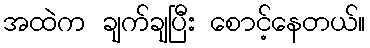
အထဲက ချက်ချပြီး စောင့်နေတယ်။